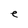
Character: e